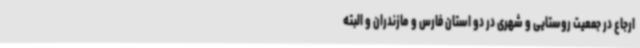
ارجاع در جمعیت روستایی و شهری در دو استان فارس و مازندران و البته